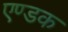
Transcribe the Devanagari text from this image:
एण्डक